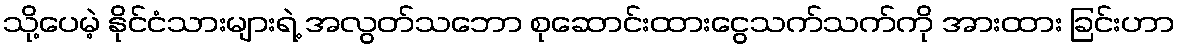
သို့ပေမဲ့ နိုင်ငံသားများရဲ့ အလွတ်သဘော စုဆောင်းထားငွေသက်သက်ကို အားထား ခြင်းဟာ